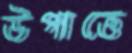
উপাত্তে